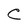
Character: C